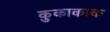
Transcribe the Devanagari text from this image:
कुकाकाक